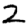
Digit: 2